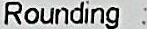
ROUNDING :